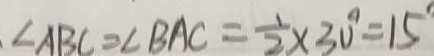
\angle A B C = \angle B A C = \frac { 1 } { 2 } \times 3 0 ^ { \circ } = 1 5 ^ { \circ }